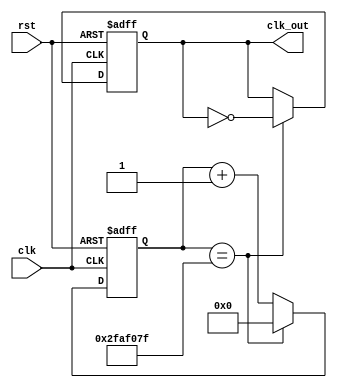
`timescale 1ns / 1ps
//////////////////////////////////////////////////////////////////////////////////
// Company: 
// Engineer: 
// 
// Design Name: 
// Module Name: Divide2
// Project Name: 
// Target Devices: 
// Tool Versions: 
// Description: 
// 
// Dependencies: 
// 
// Revision:
// Revision 0.01 - File Created
// Additional Comments:
// 
//////////////////////////////////////////////////////////////////////////////////


module Divide2(clk,rst,clk_out);
   input clk,rst;
   output reg clk_out;
   reg[31:0] cnt;
   
   parameter period = 100000000;
//parameter period = 10;
   always@(posedge clk,negedge rst)
   begin
      if(!rst) begin
         cnt <=0;
         clk_out<=0;
      end
      else begin
         if(cnt == (period>>1)-1)begin
            clk_out <= ~clk_out;
            cnt <= 0;
         end
         else cnt <= cnt+1;
      end
   end

endmodule